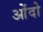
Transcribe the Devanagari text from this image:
ओंदो